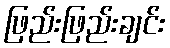
ဖြည်းဖြည်းချင်း